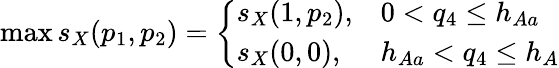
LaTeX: \operatorname*{max}s_{X}(p_{1},p_{2})=\left\{ \begin{array}{ll}{s_{X}(1,p_{2}),}&{0<q_{4}\leq h_{Aa}}\\ {s_{X}(0,0),}&{h_{Aa}<q_{4}\leq h_{A}}\end{array}\right.